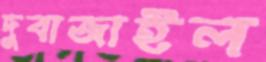
দুবাজাইল